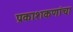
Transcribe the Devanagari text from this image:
प्रकाशकणांचा